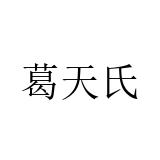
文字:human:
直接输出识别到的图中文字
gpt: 葛天氏